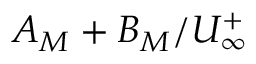
A _ { M } + B _ { M } / U _ { \infty } ^ { + }